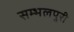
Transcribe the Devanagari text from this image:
सम्भलपुरी